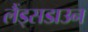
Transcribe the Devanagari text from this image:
लैंड्सडाउन